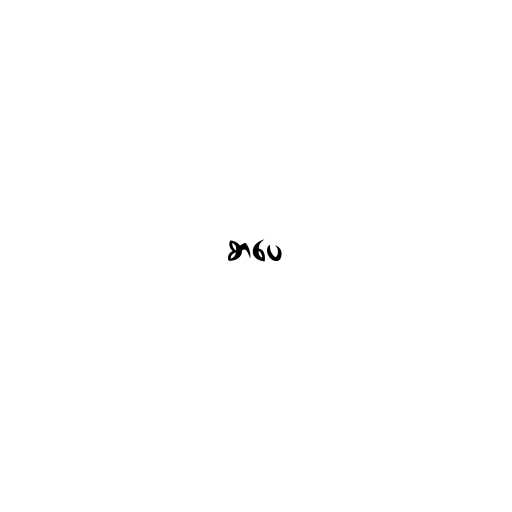
စာပေ